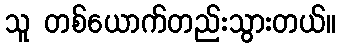
သူ တစ်ယောက်တည်းသွားတယ်။